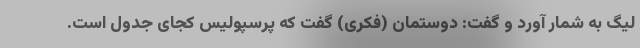
لیگ به شمار آورد و گفت: دوستمان (فکری) گفت که پرسپولیس کجای جدول است.